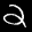
Label: 2